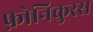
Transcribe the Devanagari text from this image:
फ़ोनिकुरस